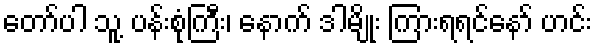
တော်ပါ သူ့ ပန်းစုံကြီး၊ နောက် ဒါမျိုး ကြားရရင်နော် ဟင်း